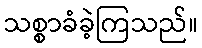
သစ္စာခံခဲ့ကြသည်။